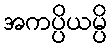
အကပ္ပိယမ္ပိ